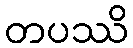
တပဿိ